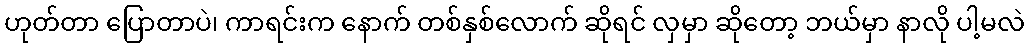
ဟုတ်တာ ပြောတာပဲ၊ ကာရင်းက နောက် တစ်နှစ်လောက် ဆိုရင် လှမှာ ဆိုတော့ ဘယ်မှာ နာလို ပါ့မလဲ